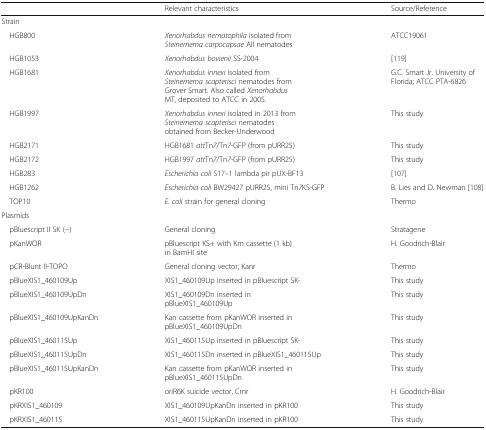
<table><thead><tr><td></td><td><b>Relevant characteristics</b></td><td><b>Source/Reference</b></td></tr></thead><tbody><tr><td colspan="3">Strain</td></tr><tr><td> HGB800</td><td><i>Xenorhabdus nematophila</i> isolated from <i>Steinernema carpocapsae</i> All nematodes</td><td>ATCC19061</td></tr><tr><td> HGB1053</td><td><i>Xenorhabdus bovienii</i> SS-2004</td><td>[119]</td></tr><tr><td> HGB1681</td><td><i>Xenorhabdus innexi</i> isolated from <i>Steinernema scapterisci</i> nematodes from Grover Smart. Also called <i>Xenorhabdus</i> MT, deposited to ATCC in 2005.</td><td>G.C. Smart Jr. University of Florida; ATCC PTA-6826</td></tr><tr><td> HGB1997</td><td><i>Xenorhabdus innexi</i> isolated in 2013 from <i>Steinernema scapterisci</i> nematodes obtained from Becker-Underwood</td><td>This study</td></tr><tr><td> HGB2171</td><td>HGB1681 <i>att</i>Tn<i>7</i>/Tn<i>7-</i>GFP (from pURR25)</td><td>This study</td></tr><tr><td> HGB2172</td><td>HGB1997 <i>att</i>Tn<i>7</i>/Tn<i>7-</i>GFP (from pURR25)</td><td>This study</td></tr><tr><td> HGB283</td><td><i>Escherichia coli</i> S17–1 lambda pir pUX-BF13</td><td>[107]</td></tr><tr><td> HGB1262</td><td><i>Escherichia coli</i> BW29427 pURR25, mini Tn<i>7</i>KS-GFP</td><td>B. Lies and D. Newman [108]</td></tr><tr><td> TOP10</td><td><i>E. coli</i> strain for general cloning</td><td>Thermo</td></tr><tr><td colspan="3">Plasmids</td></tr><tr><td> pBluescript II SK (−)</td><td>General cloning</td><td>Stratagene</td></tr><tr><td> pKanWOR</td><td>pBluescript KS+ with Km cassette (1 kb) in BamHI site</td><td>H. Goodrich-Blair</td></tr><tr><td> pCR-Blunt II-TOPO</td><td>General cloning vector, Kanr</td><td>Thermo</td></tr><tr><td> pBlueXIS1_460109Up</td><td>XIS1_460109Up inserted in pBluescript SK-</td><td>This study</td></tr><tr><td> pBlueXIS1_460109UpDn</td><td>XIS1_460109Dn inserted in pBlueXIS1_460109Up</td><td>This study</td></tr><tr><td> pBlueXIS1_460109UpKanDn</td><td>Kan cassette from pKanWOR inserted in pBlueXIS1_460109UpDn</td><td>This study</td></tr><tr><td> pBlueXIS1_460115Up</td><td>XIS1_460115Up inserted in pBluescript SK-</td><td>This study</td></tr><tr><td> pBlueXIS1_460115UpDn</td><td>XIS1_460115Dn inserted in pBlueXIS1_460115Up</td><td>This study</td></tr><tr><td> pBlueXIS1_460115UpKanDn</td><td>Kan cassette from pKanWOR inserted in pBlueXIS1_460115UpDn</td><td>This study</td></tr><tr><td> pKR100</td><td>oriR6K suicide vector, Cmr</td><td>H. Goodrich-Blair</td></tr><tr><td> pKRXIS1_460109</td><td>XIS1_460109UpKanDn inserted in pKR100</td><td>This study</td></tr><tr><td> pKRXIS1_460115</td><td>XIS1_460115UpKanDn inserted in pKR100</td><td>This study</td></tr></tbody></table>